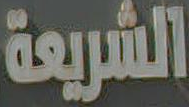
الشريعة